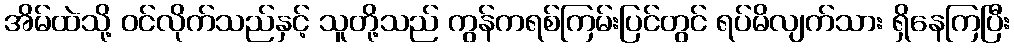
အိမ်ထဲသို့ ဝင်လိုက်သည်နှင့် သူတို့သည် ကွန်ကရစ်ကြမ်းပြင်တွင် ရပ်မိလျက်သား ရှိနေကြပြီး